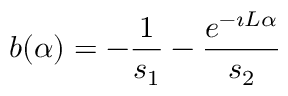
b ( \alpha ) = - \frac { 1 } { s _ { 1 } } - \frac { e ^ { - \i L \alpha } } { s _ { 2 } }